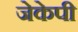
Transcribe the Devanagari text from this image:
जेकेपी